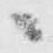
候